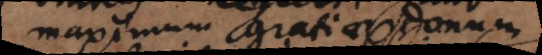
maximum gratiae donum